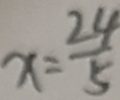
x = \frac { 2 4 } { 5 }